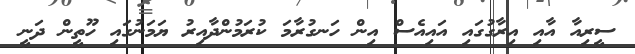
ސީރިއާ އާއި އިރާގުގައި އައިއެސް އިން ހަނގުރާމަ ކުރަމުންދާއިރު ޔަމަނުގައި ހޫތީން ދަނީ